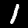
Digit: 1